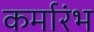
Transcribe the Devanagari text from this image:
कर्मारंभ